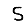
Digit: 5